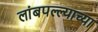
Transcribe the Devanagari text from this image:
लांबपल्ल्याच्या